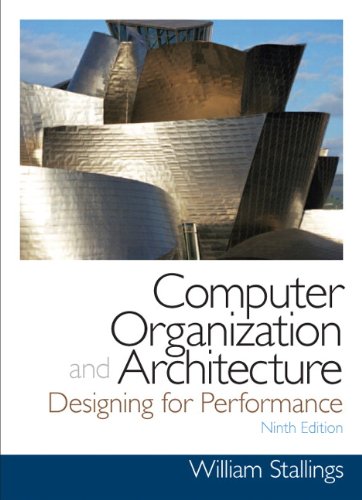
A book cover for Computer Organization and Architecture (9th Edition) (William Stallings Books on Computer and Data Communications); William Stallings; Computers & Technology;